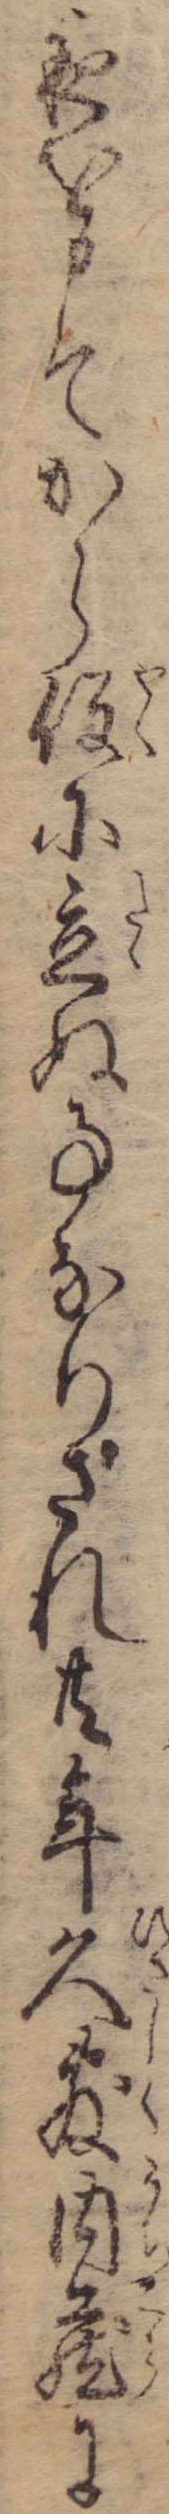
夜を申てから役に立ぬ事なりされ共年久敷内蔵に